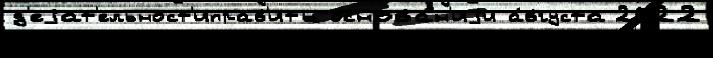
д'еjат'ельност'иправ'ить основа́н'иjи а́вгуста 2022